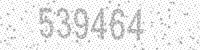
Solution: 539464